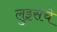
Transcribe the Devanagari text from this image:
लुइसचे